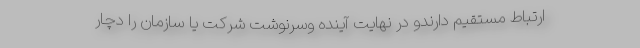
ارتباط مستقیم دارندو در نهایت آینده وسرنوشت شرکت یا سازمان را دچار